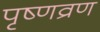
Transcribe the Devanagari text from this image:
पृष्णव्रण